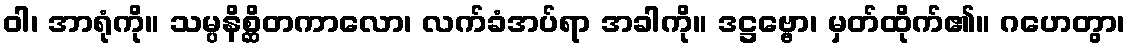
ဝါ၊ အာရုံကို။ သမ္ပနိစ္ဆိတကာလော၊ လက်ခံအပ်ရာ အခါကို။ ဒဋ္ဌဗ္ဗော၊ မှတ်ထိုက်၏။ ဂဟေတွာ၊